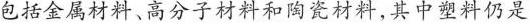
包括金属材料、高分子材料和陶瓷材料,其中塑料仍是